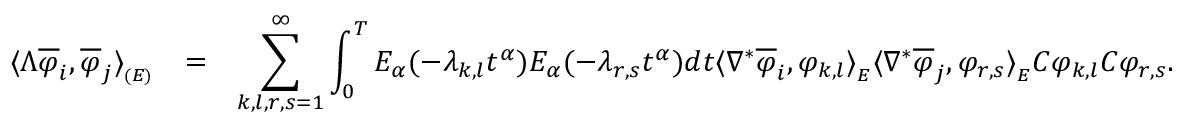
\begin{array} { l l l l } { \langle \Lambda \overline { { \varphi } } _ { i } , \overline { { \varphi } } _ { j } \rangle _ { _ { ( E ) } } } & { = } & { \displaystyle \sum _ { k , l , r , s = 1 } ^ { \infty } \int _ { 0 } ^ { T } E _ { \alpha } ( - \lambda _ { k , l } t ^ { \alpha } ) E _ { \alpha } ( - \lambda _ { r , s } t ^ { \alpha } ) d t \langle \nabla ^ { * } \overline { { \varphi } } _ { i } , \varphi _ { k , l } \rangle _ { _ { E } } \langle \nabla ^ { * } \overline { { \varphi } } _ { j } , \varphi _ { r , s } \rangle _ { _ { E } } C \varphi _ { k , l } C \varphi _ { r , s } . } \end{array}